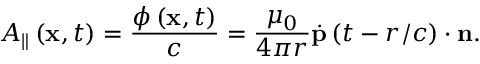
A _ { \parallel } \left( \mathbf { x } , t \right) = \frac { \phi \left( \mathbf { x } , t \right) } { c } = \frac { \mu _ { 0 } } { 4 \pi r } \overset { . } { \mathbf { p } } \left( t - r / c \right) \cdot \mathbf { n } .